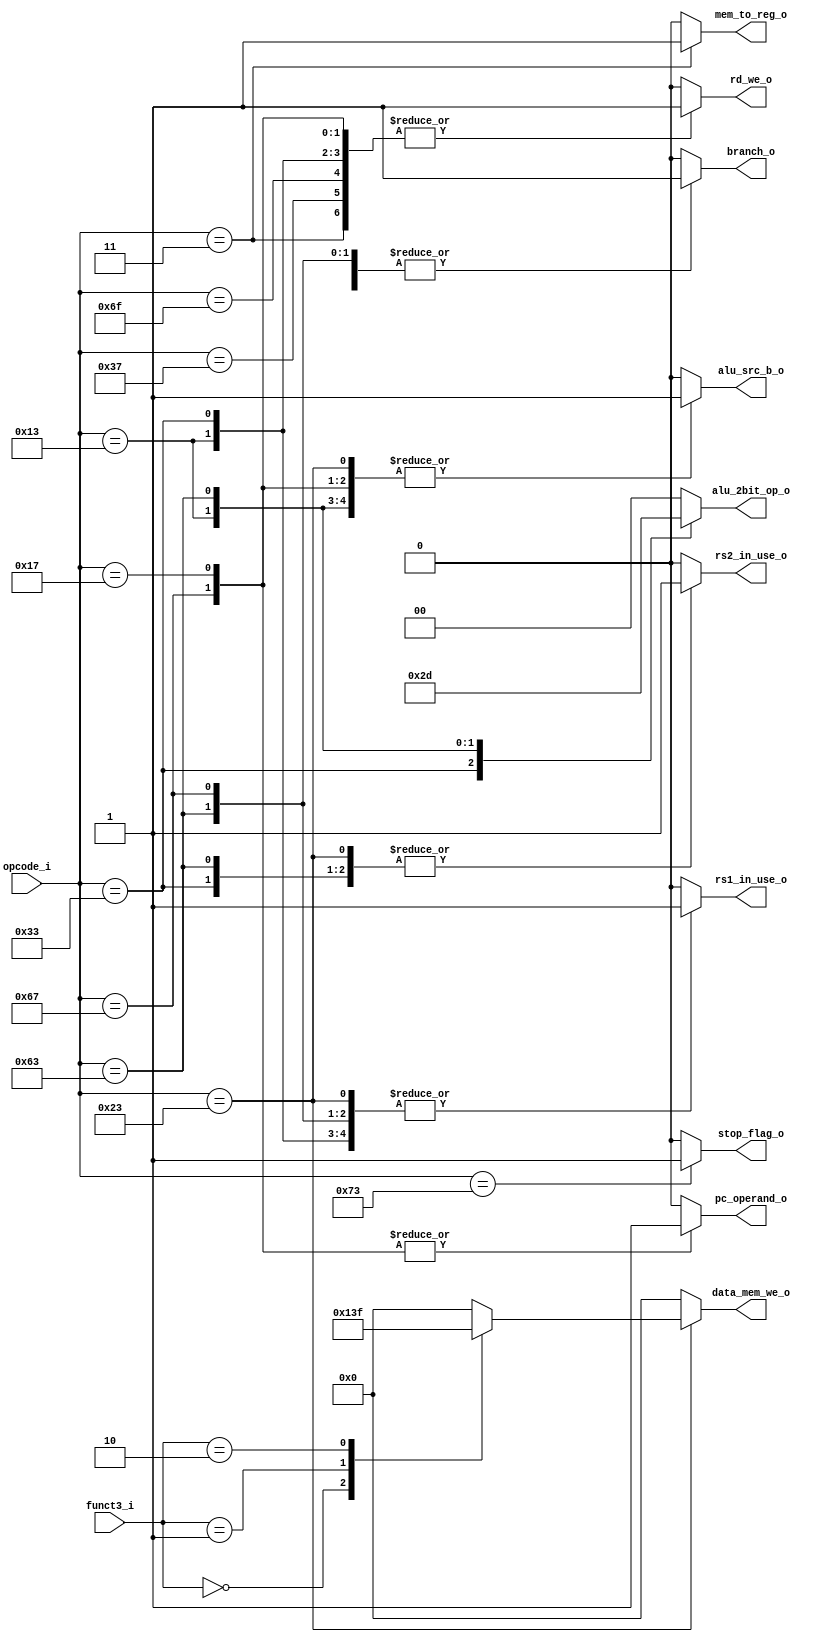
module control_decoder(

        input wire[6:0] opcode_i, // instruction opcode
        input wire[2:0] funct3_i, // funct3 field in instruction word

        output reg mem_to_reg_o, // if register bank will be written by this instruction
        output reg[3:0] data_mem_we_o, // does data_mem need to be written to (enable signal)
        output reg rd_we_o, // enable signal for register bank if load is executed
        output reg alu_src_b_o, // controls mux for ALU inputs (choose between  rs2 or imm)
        output reg branch_o, // if instruction is branch type
        output reg[1:0] alu_2bit_op_o, // controls ALU operations for store, load and other
        output reg rs1_in_use_o, // if register rs1 is used in this instruction
        output reg rs2_in_use_o, // if register rs2 is used in this instruction
        output reg stop_flag_o, // flag to show when the program is finished
        output reg pc_operand_o // mux control signal
    );

    always @*
    begin
        case(opcode_i)
        7'b0110011: // R type instructions
            begin
                mem_to_reg_o = 1'b0;
                data_mem_we_o = 4'b0000;
                rd_we_o = 1'b1;
                alu_src_b_o = 1'b0;
                branch_o = 1'b0;
                alu_2bit_op_o = 2'b10;
                rs1_in_use_o = 1'b1;
                rs2_in_use_o = 1'b1;
                pc_operand_o  = 1'b0;
                stop_flag_o = 1'b0;
            end
        7'b0010011: // I type instructions
            begin
                mem_to_reg_o = 1'b0;
                data_mem_we_o = 4'b0000;
                rd_we_o = 1'b1;
                alu_src_b_o = 1'b1; // pass imm
                branch_o = 1'b0;
                alu_2bit_op_o = 2'b11;
                rs1_in_use_o = 1'b1;
                rs2_in_use_o = 1'b0;
                pc_operand_o  = 1'b0; 
                stop_flag_o = 1'b0;
            end 
        7'b0000011: // Load instructions
            begin
                mem_to_reg_o = 1'b1;
                data_mem_we_o = 4'b0000;
                rd_we_o = 1'b1;
                alu_src_b_o = 1'b1; // pass imm
                branch_o = 1'b0;
                alu_2bit_op_o = 2'b00;
                rs1_in_use_o = 1'b1;
                rs2_in_use_o = 1'b0;
                pc_operand_o  = 1'b0; 
                stop_flag_o = 1'b0;
            end
        7'b1100011: // B type instructions
            begin
                mem_to_reg_o = 1'b0;
                data_mem_we_o = 4'b0000;
                rd_we_o = 1'b0;
                alu_src_b_o = 1'b1; // pass imm
                branch_o = 1'b1;
                alu_2bit_op_o = 2'b01;
                rs1_in_use_o = 1'b1;
                rs2_in_use_o = 1'b1;
                pc_operand_o  = 1'b0; 
                stop_flag_o = 1'b0;
            end
        7'b0100011: // S type instructions
            begin
                mem_to_reg_o = 1'b0;

                case(funct3_i)
                    3'b000: data_mem_we_o = 4'b0001; // SB
                    3'b001: data_mem_we_o = 4'b0011; // SH
                    3'b010: data_mem_we_o = 4'b1111; // SW
                    default: data_mem_we_o = 4'b0000;
                endcase

                rd_we_o = 1'b0;
                alu_src_b_o = 1'b1; // pass imm
                branch_o = 1'b0;
                alu_2bit_op_o = 2'b00;
                rs1_in_use_o = 1'b1;
                rs2_in_use_o = 1'b1;
                pc_operand_o  = 1'b0; 
                stop_flag_o = 1'b0;
            end
        7'b1100111: // JALR
            begin
                mem_to_reg_o = 1'b0;
                data_mem_we_o = 4'b0000;
                rd_we_o = 1'b1;
                alu_src_b_o = 1'b1; // pass imm
                branch_o = 1'b1;
                alu_2bit_op_o = 2'b00;
                rs1_in_use_o = 1'b1;
                rs2_in_use_o = 1'b0;
                pc_operand_o  = 1'b1; 
                stop_flag_o = 1'b0;
            end
        7'b1101111: // JAL
            begin
                mem_to_reg_o = 1'b0;
                data_mem_we_o = 4'b0000;
                rd_we_o = 1'b1;
                alu_src_b_o = 1'b1; // pass imm
                branch_o = 1'b1;
                alu_2bit_op_o = 2'b00;
                rs1_in_use_o = 1'b0;
                rs2_in_use_o = 1'b0;
                pc_operand_o  = 1'b0;
                stop_flag_o = 1'b0;
            end
        7'b0010111: // AUIPC
            begin
                mem_to_reg_o = 1'b0;
                data_mem_we_o = 4'b0000;
                rd_we_o = 1'b1;
                alu_src_b_o = 1'b1; // pass imm
                branch_o = 1'b0;
                alu_2bit_op_o = 2'b00;
                rs1_in_use_o = 1'b0;
                rs2_in_use_o = 1'b0;
                pc_operand_o  = 1'b1;  
                stop_flag_o = 1'b0;
            end
        7'b0110111: // LUI
            begin
                mem_to_reg_o = 1'b0;
                data_mem_we_o = 4'b0000;
                rd_we_o = 1'b1;
                alu_src_b_o = 1'b1; // pass imm
                branch_o = 1'b0;
                alu_2bit_op_o = 2'b00;
                rs1_in_use_o = 1'b0;
                rs2_in_use_o = 1'b0;
                pc_operand_o  = 1'b0;   
                stop_flag_o = 1'b0;
            end
        7'b1110011: // ECALL, EBREAK
            begin
                mem_to_reg_o = 1'b0;
                data_mem_we_o = 4'b0000;
                rd_we_o = 1'b0;
                alu_src_b_o = 1'b0;
                branch_o = 1'b0;
                alu_2bit_op_o = 2'b00;
                rs1_in_use_o = 1'b0;
                rs2_in_use_o = 1'b0;
                pc_operand_o  = 1'b0;
                stop_flag_o = 1'b1;
            end
        default:
            begin
                mem_to_reg_o = 1'b0;
                data_mem_we_o = 4'b0000;
                rd_we_o = 1'b0;
                alu_src_b_o = 1'b0;
                branch_o = 1'b0;
                alu_2bit_op_o = 2'b00;
                rs1_in_use_o = 1'b0;
                rs2_in_use_o = 1'b0;
                pc_operand_o  = 1'b0;
                stop_flag_o = 1'b0;
            end
        endcase
    end

endmodule